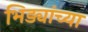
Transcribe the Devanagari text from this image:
भिड्यांच्या